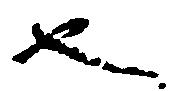
也